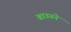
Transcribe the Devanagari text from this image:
ब्राउनने